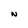
Character: N